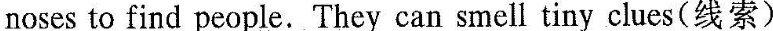
noses to find people.They can smell tiny clues(线索）